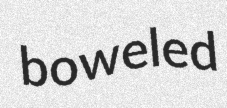
boweled